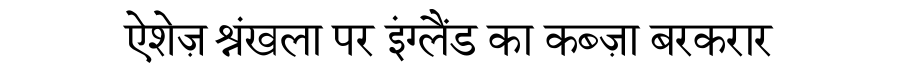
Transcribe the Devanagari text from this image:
ऐशेज़ श्रंखला पर इंग्लैंड का कब्ज़ा बरकरार